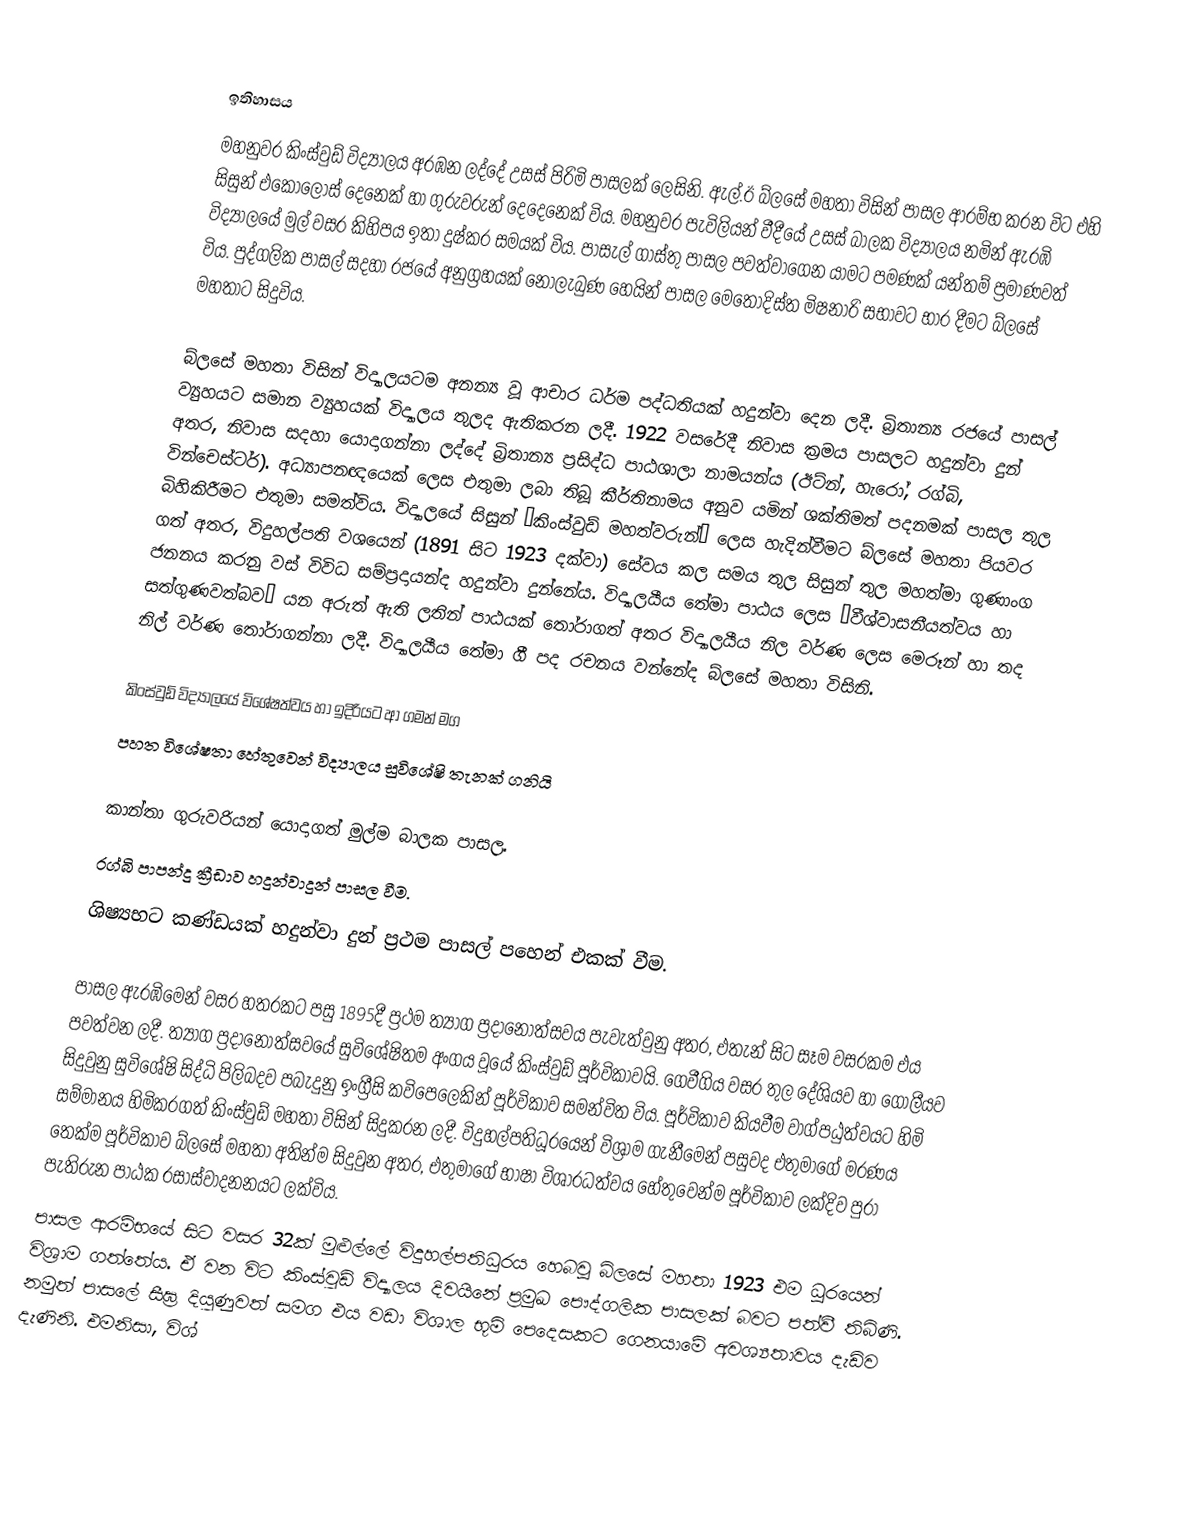

ඉතිහාසය
මහනුවර කිංස්වුඩ් විද්‍යාලය අරඹන ලද්දේ උසස් පිරිමි පාසලක් ලෙසිනි. ඇල්.ඊ බ්ලසේ මහතා විසින් පාසල ආරම්භ කරන විට එහි සිසුන් එකොලොස් දෙනෙක් හා ගුරුවරුන් දෙදෙනෙක් විය. මහනුවර පැවිලියන් වීදීයේ උසස් බාලක විද්‍යාලය නමින් ඇරඹි විද්‍යාලයේ මුල් වසර කිහිපය ඉතා දුෂ්කර සමයක් විය. පාසැල් ගාස්තු පාසල පවත්වාගෙන යාමට පමණක් යන්තම් ප්‍රමාණවත් විය. පුද්ගලික පාසල් සදහා රජයේ අනුග්‍රහයක් නොලැබුණ හෙයින් පාසල මෙතෝදිස්ත මිෂනාරි සභාවට භාර දීමට බ්ලසේ මහතාට සිදුවිය.

බ්ලසේ මහතා විසින් විද්‍යාලයටම අනන්‍ය වූ ආචාර ධර්ම පද්ධතියක් හදුන්වා දෙන ලදී. බ්‍රිතාන්‍ය රජයේ පාසල් ව්‍යුහයට සමාන ව්‍යුහයක් විද්‍යාලය තුලද ඇතිකරන ලදී. 1922 වසරේදී නිවාස ක්‍රමය පාසලට හදුන්වා දුන් අතර, නිවාස සදහා යොදාගන්නා ලද්දේ බ්‍රිතාන්‍ය ප්‍රසිද්ධ පාඨශාලා නාමයන්ය (ඊට්න්, හැරෝ, රග්බි, වින්චෙස්ටර්). අධ්‍යාපනඥයෙක් ලෙස එතුමා ලබා තිබූ කීර්තිනාමය අනුව යමින් ශක්තිමත් පදනමක් පාසල තුල බිහිකිරීමට එතුමා සමත්විය. විද්‍යාලයේ සිසුන් “කිංස්වුඩ් මහත්වරුන්” ලෙස හැදින්වීමට බ්ලසේ මහතා පියවර ගත් අතර, විදුහල්පති වශයෙන් (1891 සිට 1923 දක්වා) සේවය කල සමය තුල සිසුන් තුල මහත්මා ගුණාංග ජනනය කරනු වස් විවිධ සම්ප්‍රදායන්ද හදුන්වා දුන්නේය. විද්‍යාලයීය තේමා පාඨය ලෙස “වීශ්වාසනීයත්වය හා සත්ගුණවත්බව” යන අරුත් ඇති ලතින් පාඨයක් තෝරාගත් අතර විද්‍යාලයීය නිල වර්ණ ලෙස මෙරූන් හා තද නිල් වර්ණ තෝරාගන්නා ලදී. විද්‍යාලයීය තේමා ගී පද රචනය වන්නේද බ්ලසේ මහතා විසිනි.

කිංස්වුඩ් විද්‍යාලයේ විශේෂත්වය හා ඉදිරියට ආ ගමන් මග
පහත විශේෂතා හේතුවෙන් විද්‍යාලය සුවිශේෂි තැනක් ගනියි

කාන්තා ගුරුවරියන් යොදාගත් මුල්ම බාලක පාසල.
රග්බි පාපන්දු ක්‍රීඩාව හදුන්වාදුන් පාසල වීම.
ශිෂ්‍යභට කණ්ඩයක් හදුන්වා දුන් ප්‍රථම පාසල් පහෙන් එකක් වීම.

පාසල ඇරඹිමෙන් වසර හතරකට පසු 1895දී ප්‍රථම ත්‍යාග ප්‍රදානෝත්සවය පැවැත්වුනු අතර, එතැන් සිට සෑම වසරකම එය පවත්වන ලදී. ත්‍යාග ප්‍රදානෝත්සවයේ සුවිශේෂිතම අංගය වූයේ කිංස්වුඩ් පූර්විකාවයි. ගෙවීගිය වසර තුල දේශියව හා ගෝලීයව සිදුවුනු සුවිශේෂි සිද්ධි පිලිබදව පබැදුනු ඉංග්‍රීසි කවිපෙලෙකින් පූර්විකාව සමන්විත විය. පූර්විකාව කියවීම වාග්පඨුත්වයට හිමි සම්මානය හිමිකරගත් කිංස්වුඩ් මහතා විසින් සිදුකරන ලදී. විදුහල්පතිධූරයෙන් විශ්‍රාම ගැනීමෙන් පසුවද එතුමාගේ මරණය තෙක්ම පූර්විකාව බ්ලසේ මහතා අතින්ම සිදුවුන අතර, එතුමාගේ භාෂා විශාරධත්වය හේතුවෙන්ම පූර්විකාව ලක්දිව පුරා පැතිරුන පාඨක රසාස්වාදනනයට ලක්විය.
පාසල ආරම්භයේ සිට වසර 32ක් මුළුල්ලේ විදුහල්පතිධුරය හෙබවූ බ්ලසේ මහතා 1923 එම ධූරයෙන් විශ්‍රාම ගත්තේය. ඒ වන විට කිංස්වුඩ් විද්‍යාලය දිවයිනේ ප්‍රමුඛ පෞද්ගලික පාසලක් බවට පත්වී තිබිණි. නමුත් පාසලේ සීඝ්‍ර දියුණුවත් සමග එය වඩා විශාල භූමි පෙදෙසකට ගෙනයාමේ අවශ්‍යතාවය දැඩිව දැණිනි. එමනිසා, විශ්